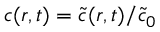
c ( r , t ) = \widetilde { c } ( r , t ) / \widetilde { c } _ { 0 }